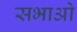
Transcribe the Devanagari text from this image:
सभाओ